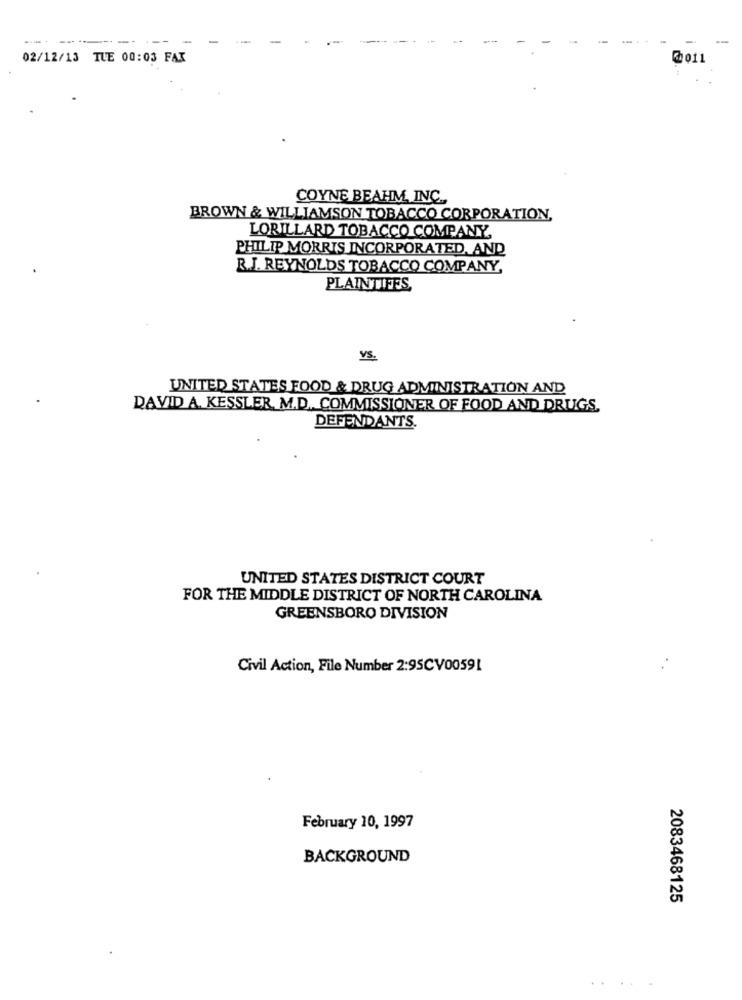
----------- ---
02/12/13 TUE 00:03 FAX
COYNE BEAHM, INC .,
BROWN & WILLIAMSON TOBACCO CORPORATION.
LORILLARD TOBACCO COMPANY,
PHILIP MORRIS INCORPORATED, AND
R.J. REYNOLDS TOBACCO COMPANY,
PLAINTIFFS
VS.
UNITED STATES FOOD & DRUG ADMINISTRATION AND
DAVID A. KESSLER, M.D. COMMISSIONER OF FOOD AND DRUGS.
DEFENDANTS.
UNITED STATES DISTRICT COURT
FOR THE MIDDLE DISTRICT OF NORTH CAROLINA
GREENSBORO DIVISION
Civil Action, File Number 2:95CV00591
February 10, 1997
BACKGROUND
2083468125